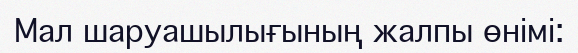
Мал шаруашылығының жалпы өнімі: